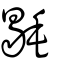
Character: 毼